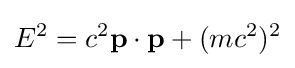
E^{2}=c^{2}\mathbf {p} \cdot \mathbf {p} +(mc^{2})^{2}